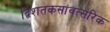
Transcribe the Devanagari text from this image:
द्विशतकसांवत्सरिक